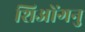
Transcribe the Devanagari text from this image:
शिओंगनु